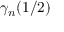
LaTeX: \gamma _ { n } ( 1 / 2 )